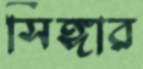
সিঙ্গার